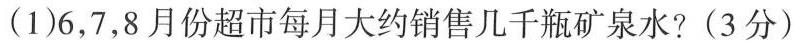
(1)6，7，8月份超市每月大约销售几千瓶矿泉水?(3分)